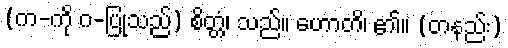
(က-ကို ဂ-ပြုသည်) စိတ္တံ၊ သည်။ ဟောတိ၊ ၏။ (တနည်း)